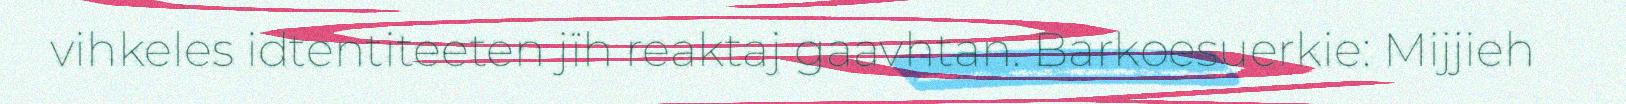
vihkeles idtentiteeten jïh reaktaj gaavhtan. Barkoesuerkie: Mijjieh